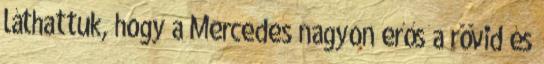
láthattuk, hogy a Mercedes nagyon erős a rövid és